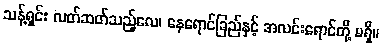
သန့်ရှင်း လတ်ဆတ်သည့်လေ၊ နေရောင်ခြည်နှင့် အလင်းရောင်တို့ မရှိ။